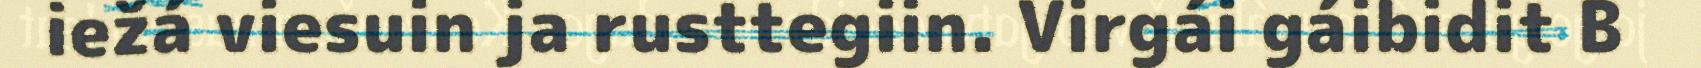
iežá viesuin ja rusttegiin. Virgái gáibidit B